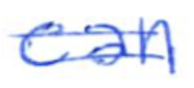
Text: can
Cross-out: double-line
Writing tool: ballpoint